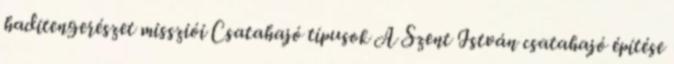
haditengerészet missziói Csatahajó típusok A Szent István csatahajó építése